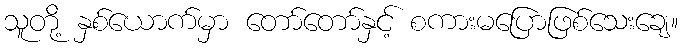
သူတို့ နှစ်ယောက်မှာ တော်တော်နှင့် စကားမပြောဖြစ်သေးချေ။